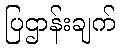
ပြဌာန်းချက်